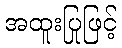
အထူးပြုဖြင့်